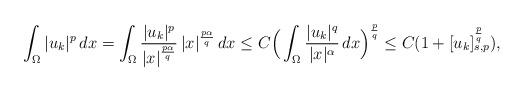
LaTeX: \begin{align*}\int_{\Omega}|u_k|^p\, dx = \int_{\Omega}\frac{|u_k|^p}{|x|^{\frac{p\alpha}{q}}}\, |x|^{\frac{p\alpha}{q}}\, dx \leq C\Big(\int_{\Omega}\frac{|u_k|^q}{|x|^\alpha}\, dx\Big)^{\frac{p}{q}}\leq C(1+[u_k]_{s,p}^{\frac{p}{q}}),\end{align*}